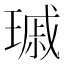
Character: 𤨟